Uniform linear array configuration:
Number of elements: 4
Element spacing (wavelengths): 0.25
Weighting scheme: exponential
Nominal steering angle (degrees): -60
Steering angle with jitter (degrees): -58.953
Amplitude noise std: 0.05
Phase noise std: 0.05

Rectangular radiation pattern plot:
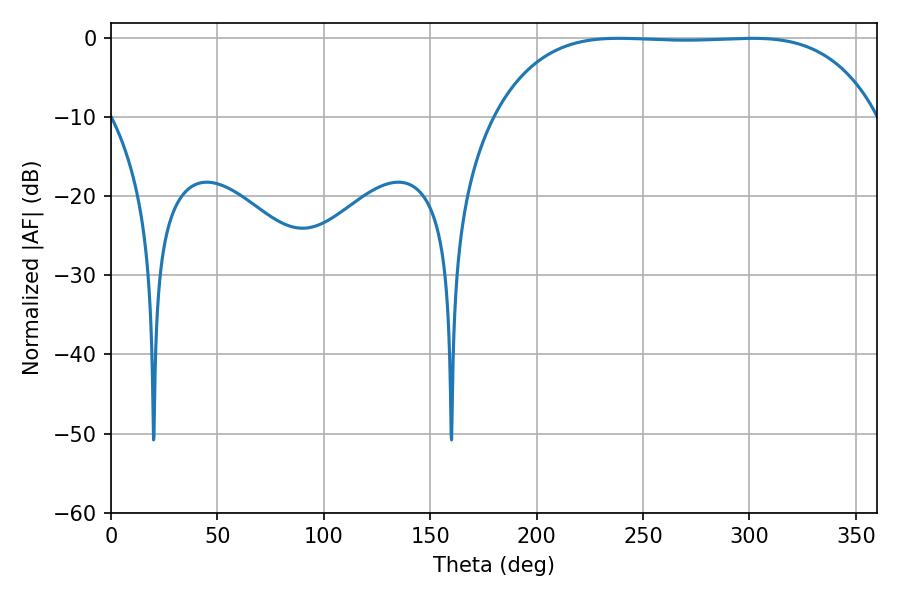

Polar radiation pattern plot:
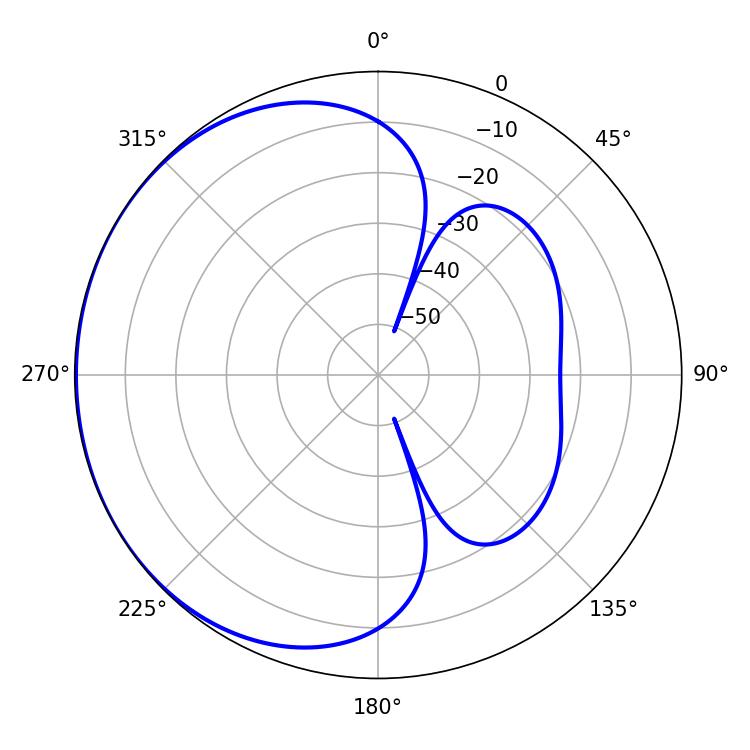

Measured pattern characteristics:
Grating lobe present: FALSE
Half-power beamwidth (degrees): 139.68
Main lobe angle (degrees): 238.68